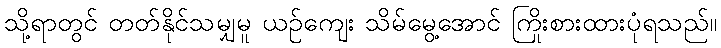
သို့ရာတွင် တတ်နိုင်သမျှမူ ယဉ်ကျေး သိမ်မွေ့အောင် ကြိုးစားထားပုံရသည်။